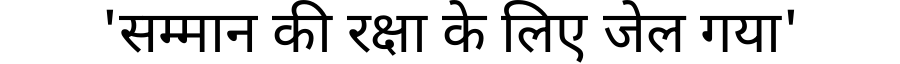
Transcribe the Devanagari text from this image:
'सम्मान की रक्षा के लिए जेल गया'